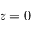
z = 0